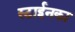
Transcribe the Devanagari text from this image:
स्टाईनका